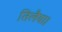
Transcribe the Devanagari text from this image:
तिलैया।